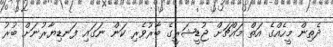
ދެތިން މީހެއްގެ އަތް މައްޗަށް ޖުޑީޝަރީގެ ބާރުވެރި ކަން ނަގައި ފަނޑިޔާރުނަށް ބުރު